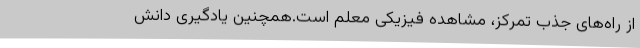
از راه‌های جذب تمرکز، مشاهده فیزیکی معلم است.همچنین یادگیری دانش